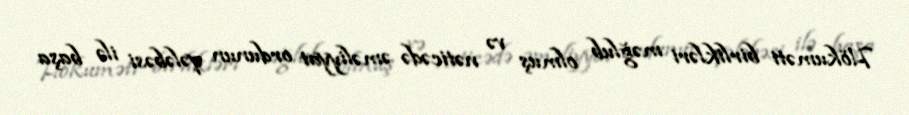
Hökuməti birlikləri məğlub olmuş və nəticədə əməliyyat ordunun qələbəsi ilə başa